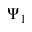
\Psi _ { 1 }